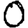
Digit: 0